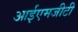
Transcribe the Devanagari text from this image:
आईएमजीटी